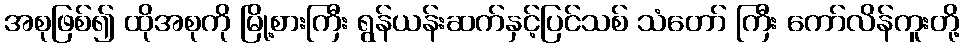
အစုဖြစ်၍ ထိုအစုကို မြို့စားကြီး ရွန်ယန်းဆက်နှင့်ပြင်သစ် သံတော် ကြီး ကော်လိန်ကူးတို့